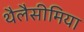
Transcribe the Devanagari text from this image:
थैलैसीमिया